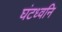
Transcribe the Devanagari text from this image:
घंटध्वनि